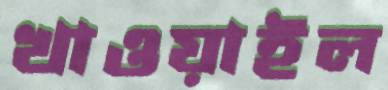
খাওয়াইল